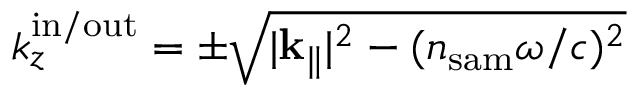
k _ { z } ^ { \mathrm { i n / o u t } } = \pm \sqrt { | { \bf k } _ { \parallel } | ^ { 2 } - ( n _ { \mathrm { s a m } } \omega / c ) ^ { 2 } }